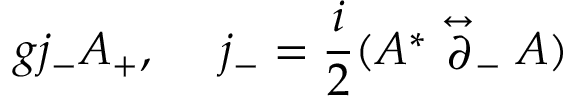
g j _ { - } { \cal A _ { + } } , \ \ \ \ j _ { - } = { \frac { i } { 2 } } ( A ^ { * } \stackrel { \leftrightarrow } { \partial } _ { - } A )